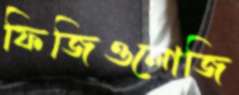
ফিজিওলোজি